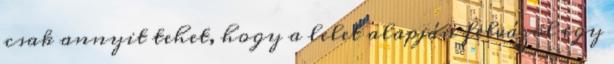
csak annyit tehet, hogy a lelet alapján felvázol egy